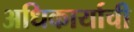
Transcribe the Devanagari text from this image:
अधिकार्याची